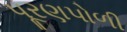
પૂરણપોળી